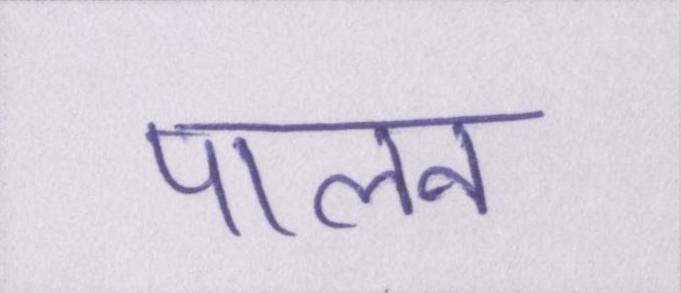
पालन